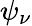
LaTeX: \psi_{\nu}